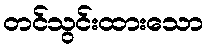
တင်သွင်းထားသော